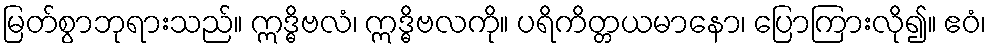
မြတ်စွာဘုရားသည်။ ဣဒ္ဓိဗလံ၊ ဣဒ္ဓိဗလကို။ ပရိကိတ္တယမာနော၊ ပြောကြားလို၍။ ဧဝံ၊